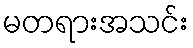
မတရားအသင်း